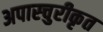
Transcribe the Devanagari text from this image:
अपास्चुरीकृत